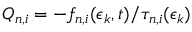
Q _ { n , i } = - f _ { n , i } ( \epsilon _ { k } , t ) / \tau _ { n , i } ( \epsilon _ { k } )